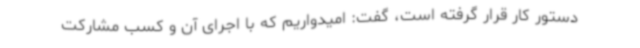
دستور کار قرار گرفته است، گفت: امیدواریم که با اجرای آن و کسب مشارکت